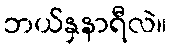
ဘယ်နှနာရီလဲ။